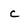
Character: c